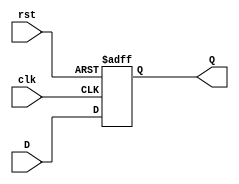
//Dina Patricia Rodrguez Pacay - 19566
//Electrnica Digital 1 - Seccin 12 - UVG
//Laboratorio 6 - Ejercicio 6 - FSM del EJERCICIO 01

module FF1(input clk, rst, D, output reg Q);
	always @ (posedge clk or posedge rst) begin
		if (rst)
		  Q <= 1'b0;
	else
		  Q <= D;
	end
endmodule


//EJERCICIO 01
module FF2(input clk, rst, a, b, output Y, output wire [1:0] SP, SF);
  wire SP0, SP1, SF0, SF1;
  assign SF0 = (~SP1 & ~SP0 & a);
  assign SF1 = (SP1 & b & a) | (SP0 & b);
  FF1 U1(clk, rst, SF1, SP1);
  FF1 U2(clk, rst, SF0, SP0);
  assign Y = (SP1 & a & b);
endmodule